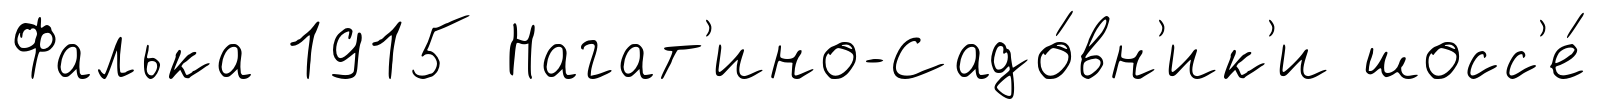
Фалька 1915 Нагат'ино-Садо́вн'ик'и шосс'е́